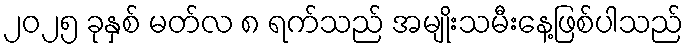
၂၀၂၅ ခုနှစ် မတ်လ ၈ ရက်သည် အမျိုးသမီးနေ့ဖြစ်ပါသည်